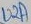
Text: U2A